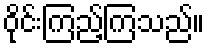
ဝိုင်းကြည့်ကြသည်။